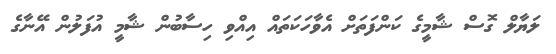
ލަޔާލް ގޮސް ޝާމީގެ ކަންފަތަށް އެވާހަކަތައް އިއްވި ހިސާބުން ޝާމީ އުފަލުން އޭނާގެ